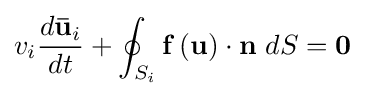
v_{i}{{d{\mathbf {\bar {u}} }_{i}} \over dt}+\oint _{S_{i}}{\mathbf {f} }\left({\mathbf {u} }\right)\cdot {\mathbf {n} }\ dS={\mathbf {0} }